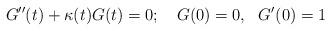
LaTeX: \begin{align*}G''(t)+\kappa(t)G(t)=0;\ \ \ G(0)=0, \ \ G'(0)=1 \end{align*}